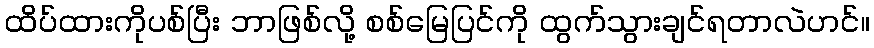
ထိပ်ထားကိုပစ်ပြီး ဘာဖြစ်လို့ စစ်မြေပြင်ကို ထွက်သွားချင်ရတာလဲဟင်။